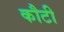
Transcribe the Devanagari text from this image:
कौटी